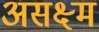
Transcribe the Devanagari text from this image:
असक्ष्म